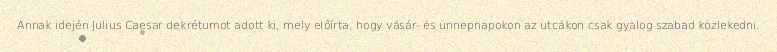
Annak idején Julius Caesar dekrétumot adott ki, mely előírta, hogy vásár- és ünnepnapokon az utcákon csak gyalog szabad közlekedni.